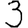
Digit: 3